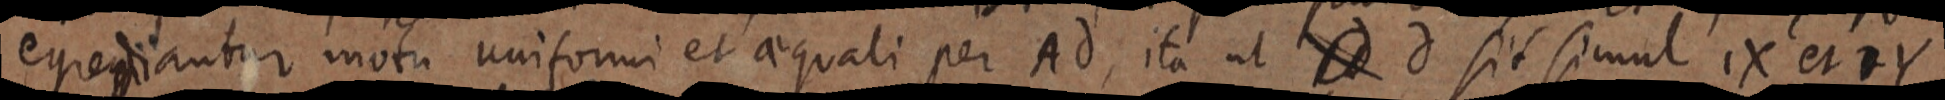
egrediantur motu uniformi et aequali per Ad, ita ut _ d sit simul 1X et Y